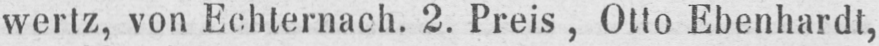
wertz, von Echternach. 2. Preis, Otto Ebenhardt,